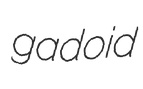
gadoid